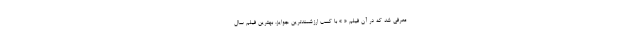
معرفی شد که در آن فیلم « » با کسب ارزشمندترین جوایز، بهترین فیلم سال